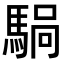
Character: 𫘍